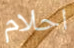
احلام